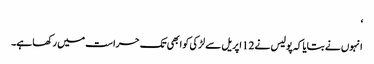
‘
انہوں نے بتایا کہ پولیس نے 12 اپریل سے لڑکی کو ابھی تک حراست میں رکھا ہے۔